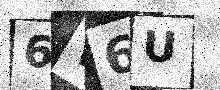
Text: 6W6U